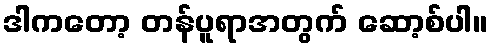
ဒါကတော့ တန်ပူရာအတွက် ဆော့စ်ပါ။